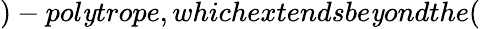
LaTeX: )-pol\mathit{y}trope,whichextendsbe\mathit{y}ondthe(